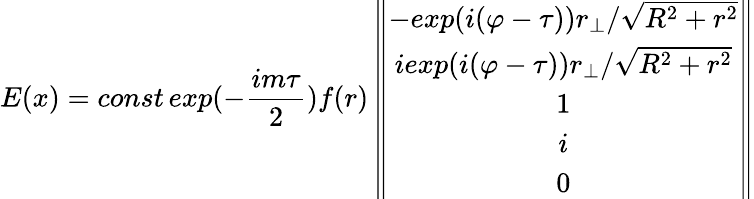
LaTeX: E(x)=const\, exp(-\frac{im\tau}{2})f(r)\left\| \begin{array}{c}{{-exp(i(\varphi-\tau))r_{\bot}/\sqrt{R^{2}+r^{2}}}}\\ {{iexp(i(\varphi-\tau))r_{\bot}/\sqrt{R^{2}+r^{2}}}}\\ {{1}}\\ {{i}}\\ {{0}}\end{array}\right\|